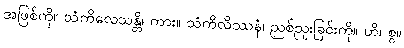
အဖြစ်ကို။ သံကိလေသန္တိ၊ ကား။ သံကိလိဿနံ၊ ညစ်ညူးခြင်းကို။ ဟိ၊ စွ။